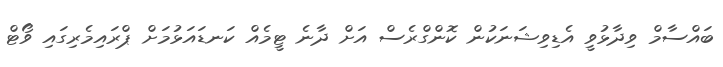
ބައްސާމް ވިދާޅުވީ އެޑިވިޝަނަކުން ކޮންގްރެސް އަށް ދާނެ ޓީމެއް ކަނޑައަޅުމަށް ޕްރައިމެރިގައި ވޯޓް